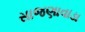
સાજણાવાડા